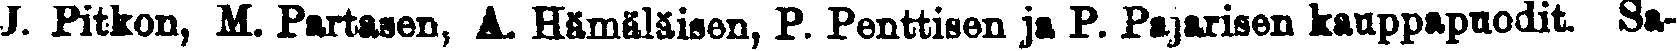
J. Pitkon, M. Partasen, A. Hämäläisen, P. Penttisen ja P. Pajarisen kauppapuodit. Sa-